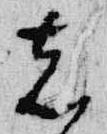
者